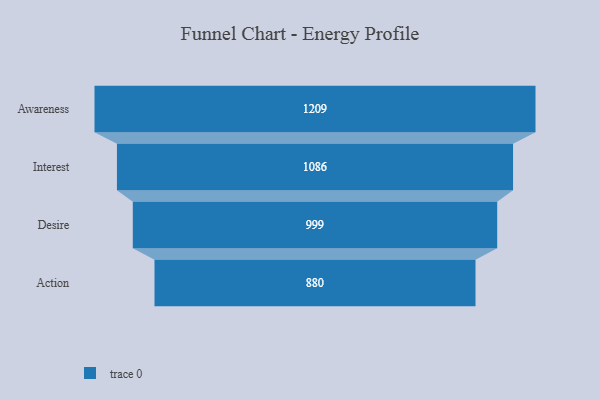
{"axis": {"x": "Stage", "y": "Value"}, "legend": [""], "data": [{"x": "Awareness", "y": 1209.0, "type": ""}, {"x": "Interest", "y": 1086.0, "type": ""}, {"x": "Desire", "y": 999.0, "type": ""}, {"x": "Action", "y": 880.0, "type": ""}]}